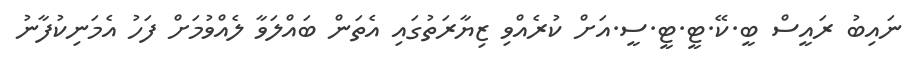
ނައިބު ރައީސް ބީ.ކޭ.ޓީ.ޓީ.ސީ.އަށް ކުރެއްވި ޒިޔާރަތުގައި އެތަން ބައްލަވާ ލެއްވުމަށް ފަހު އެމަނިކުފާނު